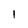
Character: I